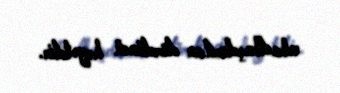
abadlaşdırılan dördüncü həyətdir.